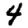
Digit: 4